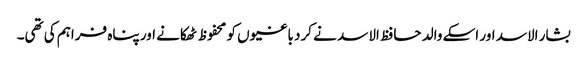
بشار الاسد اور اسکے والد حافظ الاسد نے کرد باغیوں کو محفوظ ٹھکانے اور پناہ فراہم کی تھی۔